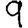
Digit: 9